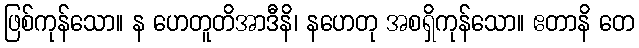
ဖြစ်ကုန်သော။ န ဟေတူတိအာဒီနိ၊ နဟေတု အစရှိကုန်သော။ ဧတာနိ တေ